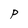
Character: P